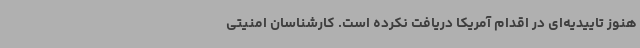
هنوز تاییدیه‌ای در اقدام آمریکا دریافت نکرده است. کارشناسان امنیتی